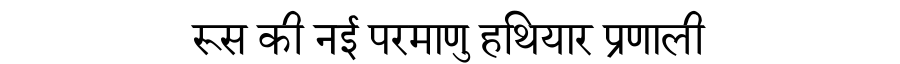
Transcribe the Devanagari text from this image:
रूस की नई परमाणु हथियार प्रणाली